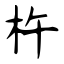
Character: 杵